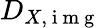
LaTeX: D_{X,\mathrm{~i~m~g~}}